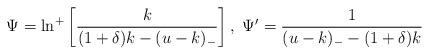
LaTeX: \begin{align*}\Psi = \ln^{+}\left[\frac{k}{(1+\delta) k - (u-k)_{-}}\right], \ \Psi' = \frac{1}{(u-k)_{-} - (1+\delta) k}\end{align*}